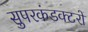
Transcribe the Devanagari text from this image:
सुपरकंडक्टरों